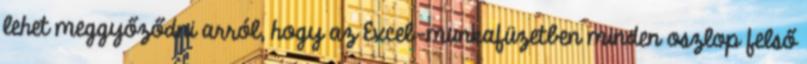
lehet meggyőződni arról, hogy az Excel-munkafüzetben minden oszlop felső